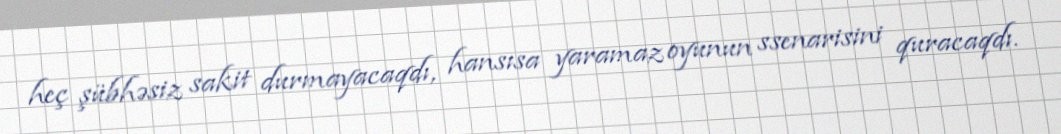
heç şübhəsiz sakit durmayacaqdı, hansısa yaramaz oyunun ssenarisini quracaqdı.